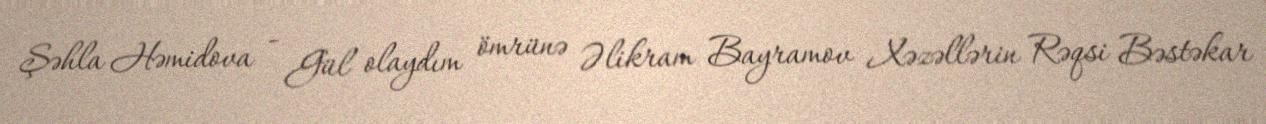
Şəhla Həmidova - Gül olaydım ömrünə Əlikram Bayramov Xəzəllərin Rəqsi Bəstəkar